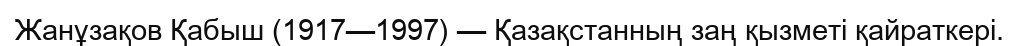
Жанұзақов Қабыш (1917—1997) — Қазақстанның заң қызметі қайраткері.